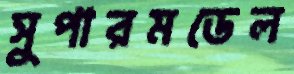
সুপারমডেল